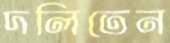
দলিতেন